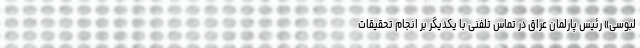
لبوسی» رئیس پارلمان عراق در تماس تلفنی با یکدیگر بر انجام تحقیقات